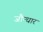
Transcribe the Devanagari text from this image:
जौन्धार